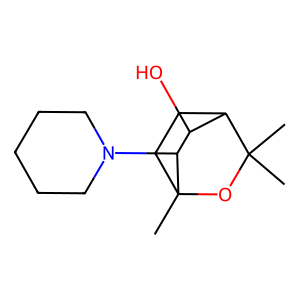
SMILES: CC1(C)OC2(C)CCC1C(O)C2N1CCCCC1
Inhibits HIV replication: No